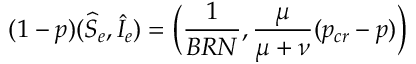
( 1 - p ) ( \widehat { S } _ { e } , \widehat { I } _ { e } ) = \Big ( \frac { 1 } { B R N } , \frac { \mu } { \mu + \nu } ( p _ { c r } - p ) \Big )